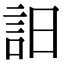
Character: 𧥵